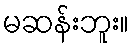
မဆန်းဘူး။